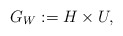
\begin{align*} G_W := H \times U,\end{align*}